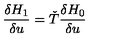
{ \frac { \delta H _ { 1 } } { \delta u } } = { \check { T } } { \frac { \delta H _ { 0 } } { \delta u } }